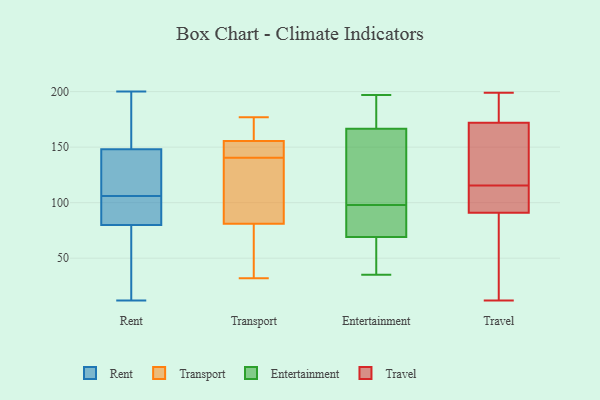
{"axis": {"x": "Production Output", "y": "Value"}, "legend": ["Entertainment", "Rent", "Transport", "Travel"], "data": [{"x": "", "y": 25, "type": "Rent"}, {"x": "", "y": 58, "type": "Rent"}, {"x": "", "y": 105, "type": "Rent"}, {"x": "", "y": 93, "type": "Rent"}, {"x": "", "y": 157, "type": "Rent"}, {"x": "", "y": 12, "type": "Rent"}, {"x": "", "y": 200, "type": "Rent"}, {"x": "", "y": 145, "type": "Rent"}, {"x": "", "y": 196, "type": "Rent"}, {"x": "", "y": 36, "type": "Rent"}, {"x": "", "y": 107, "type": "Rent"}, {"x": "", "y": 80, "type": "Rent"}, {"x": "", "y": 145, "type": "Rent"}, {"x": "", "y": 148, "type": "Rent"}, {"x": "", "y": 91, "type": "Rent"}, {"x": "", "y": 85, "type": "Rent"}, {"x": "", "y": 188, "type": "Rent"}, {"x": "", "y": 123, "type": "Rent"}, {"x": "", "y": 152, "type": "Transport"}, {"x": "", "y": 126, "type": "Transport"}, {"x": "", "y": 32, "type": "Transport"}, {"x": "", "y": 153, "type": "Transport"}, {"x": "", "y": 105, "type": "Transport"}, {"x": "", "y": 146, "type": "Transport"}, {"x": "", "y": 158, "type": "Transport"}, {"x": "", "y": 32, "type": "Transport"}, {"x": "", "y": 165, "type": "Transport"}, {"x": "", "y": 135, "type": "Transport"}, {"x": "", "y": 57, "type": "Transport"}, {"x": "", "y": 177, "type": "Transport"}, {"x": "", "y": 73, "type": "Entertainment"}, {"x": "", "y": 98, "type": "Entertainment"}, {"x": "", "y": 128, "type": "Entertainment"}, {"x": "", "y": 35, "type": "Entertainment"}, {"x": "", "y": 61, "type": "Entertainment"}, {"x": "", "y": 196, "type": "Entertainment"}, {"x": "", "y": 98, "type": "Entertainment"}, {"x": "", "y": 74, "type": "Entertainment"}, {"x": "", "y": 153, "type": "Entertainment"}, {"x": "", "y": 180, "type": "Entertainment"}, {"x": "", "y": 72, "type": "Entertainment"}, {"x": "", "y": 197, "type": "Entertainment"}, {"x": "", "y": 66, "type": "Entertainment"}, {"x": "", "y": 132, "type": "Entertainment"}, {"x": "", "y": 189, "type": "Entertainment"}, {"x": "", "y": 44, "type": "Entertainment"}, {"x": "", "y": 198, "type": "Travel"}, {"x": "", "y": 102, "type": "Travel"}, {"x": "", "y": 147, "type": "Travel"}, {"x": "", "y": 129, "type": "Travel"}, {"x": "", "y": 172, "type": "Travel"}, {"x": "", "y": 95, "type": "Travel"}, {"x": "", "y": 39, "type": "Travel"}, {"x": "", "y": 199, "type": "Travel"}, {"x": "", "y": 91, "type": "Travel"}, {"x": "", "y": 12, "type": "Travel"}]}